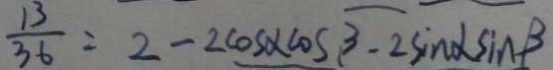
\frac { 1 3 } { 3 6 } = 2 - 2 \cos \alpha \cos \beta - 2 \sin \alpha \sin \beta